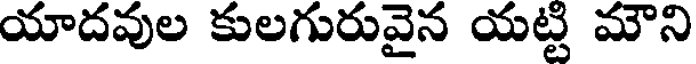
యాదవుల కులగురువైన యట్టి మౌని